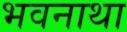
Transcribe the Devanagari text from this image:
भवनाथा